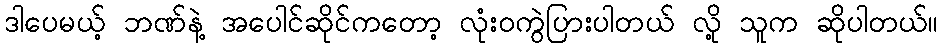
ဒါပေမယ့် ဘဏ်နဲ့ အပေါင်ဆိုင်ကတော့ လုံးဝကွဲပြားပါတယ် လို့ သူက ဆိုပါတယ်။